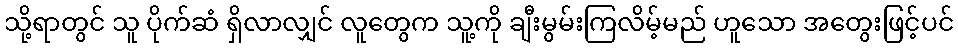
သို့ရာတွင် သူ ပိုက်ဆံ ရှိလာလျှင် လူတွေက သူ့ကို ချီးမွမ်းကြလိမ့်မည် ဟူသော အတွေးဖြင့်ပင်